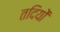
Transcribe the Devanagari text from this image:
तदियों